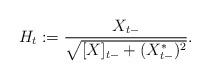
LaTeX: \begin{align*}H_t:= \frac{X_{t-}}{\sqrt{[X]_{t-} +(X_{t-}^*)^2 }} .\end{align*}